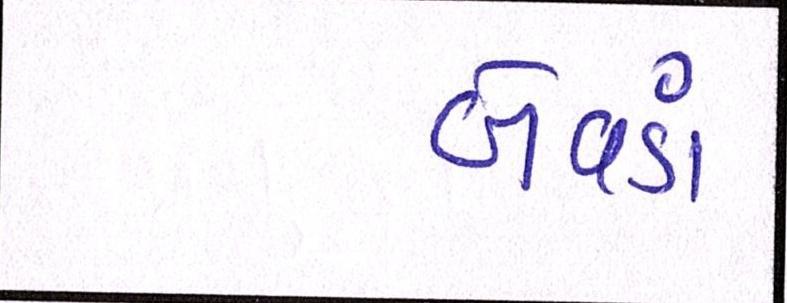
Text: બેવડાં